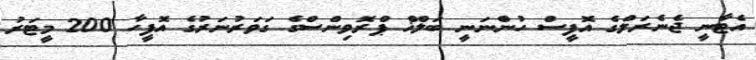
އެޓާނީ ޖެނެރަލްގެ އޮފީސް ހުންނަނީ ބަލްޚް ޕްރޮވިންސްގެ ގަވަރުނަރުގެ އޮފީހާ 200 މީޓަރު